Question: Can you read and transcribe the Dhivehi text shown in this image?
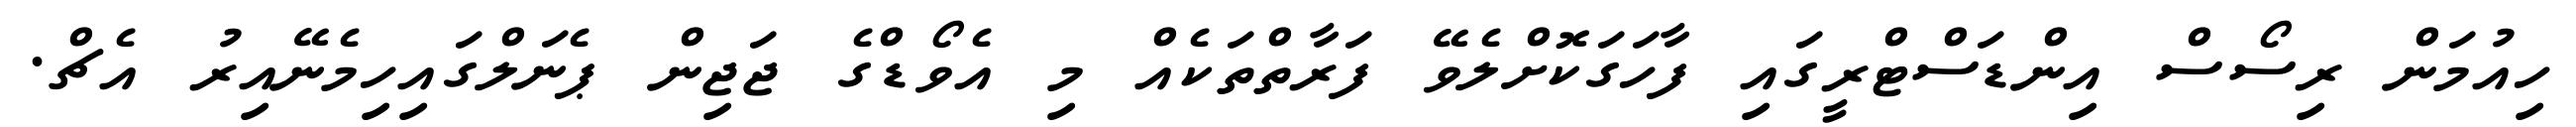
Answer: ހިއުމަން ރިސޯސް އިންޑަސްޓްރީގައި ފާހަގަކޮށްލެވޭ ފަރާތްތަކެއް މި އެވޯޑްގެ ޖަޖިން ޕެނަލްގައިހިމެނޭއިރު އެޗް.